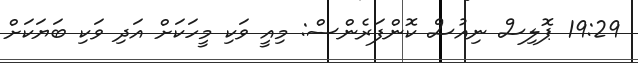
19:29 ޕޮލިސް ނިއުސް ކޮންފަރެންސް: މިއީ ވަކި މީހަކަށް އަދި ވަކި ބަޔަކަށް